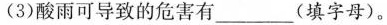
(3)酸雨可导致的危害有___(填字母)。